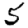
Digit: 5